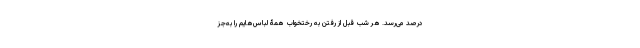
درصد می‌رسد. هر شب قبل از رفتن به رختخواب همۀ لباس‌هایم را به‌جز